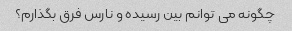
چگونه می توانم بین رسیده و نارس فرق بگذارم؟